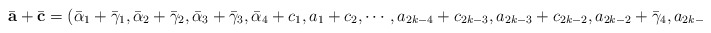
\begin{align*}\bar{\mathbf{a}}+\bar{\mathbf{c}}=(\bar{\alpha}_1+\bar{\gamma}_1,\bar{\alpha}_2+\bar{\gamma}_2,\bar{\alpha}_3+\bar{\gamma}_3,\bar{\alpha}_4+c_1,a_1+c_2,\cdots,a_{2k-4}+c_{2k-3},a_{2k-3}+c_{2k-2},a_{2k-2}+\bar{\gamma}_4,a_{2k-1}+c_{2k-1}).\end{align*}